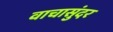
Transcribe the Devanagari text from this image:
वाचासुंदर